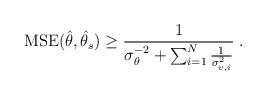
LaTeX: \begin{align*}\mathrm{MSE}(\hat{\theta},\hat{\theta}_s) \ge \frac{1}{\sigma_{\theta}^{-2}+\sum_{i=1}^N\frac{1}{\sigma_{v,i}^2}} \; .\end{align*}